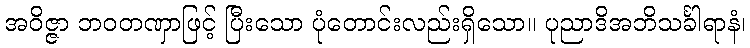
အဝိဇ္ဇာ ဘဝတဏှာဖြင့် ပြီးသော ပုံတောင်းလည်းရှိသော။ ပုညာဒိအဘိသင်္ခါရာနံ၊